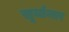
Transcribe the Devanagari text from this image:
सूर्यान्तर